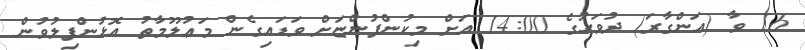
16 ވާ (އަންގާރަ) ދުވަހުގެ 14:00 އަށް މިކުންފުންޏަށް ވަޑައިގެން މަޢުލޫމާތު އޮޅުންފިލުވުން